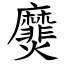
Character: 㸏